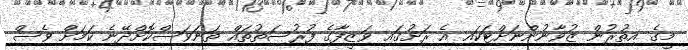
މީގެ އިތުރުން ޒުވާނުންނަށްޓަކައި އެ ރަށުގައި ވަޒީފާގެ ފުރުސަތުތައް ތަނަވަސްކޮށްދޭނެ ކަަމަށް ވެސް